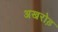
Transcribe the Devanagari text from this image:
अखरोड़